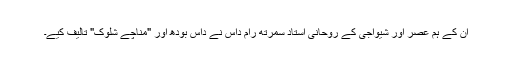
ان کے ہم عصر اور شیواجی کے روحانی استاد سمرتھ رام داس نے داس بودھ اور "مناچے شلوک" تالیف کیے۔